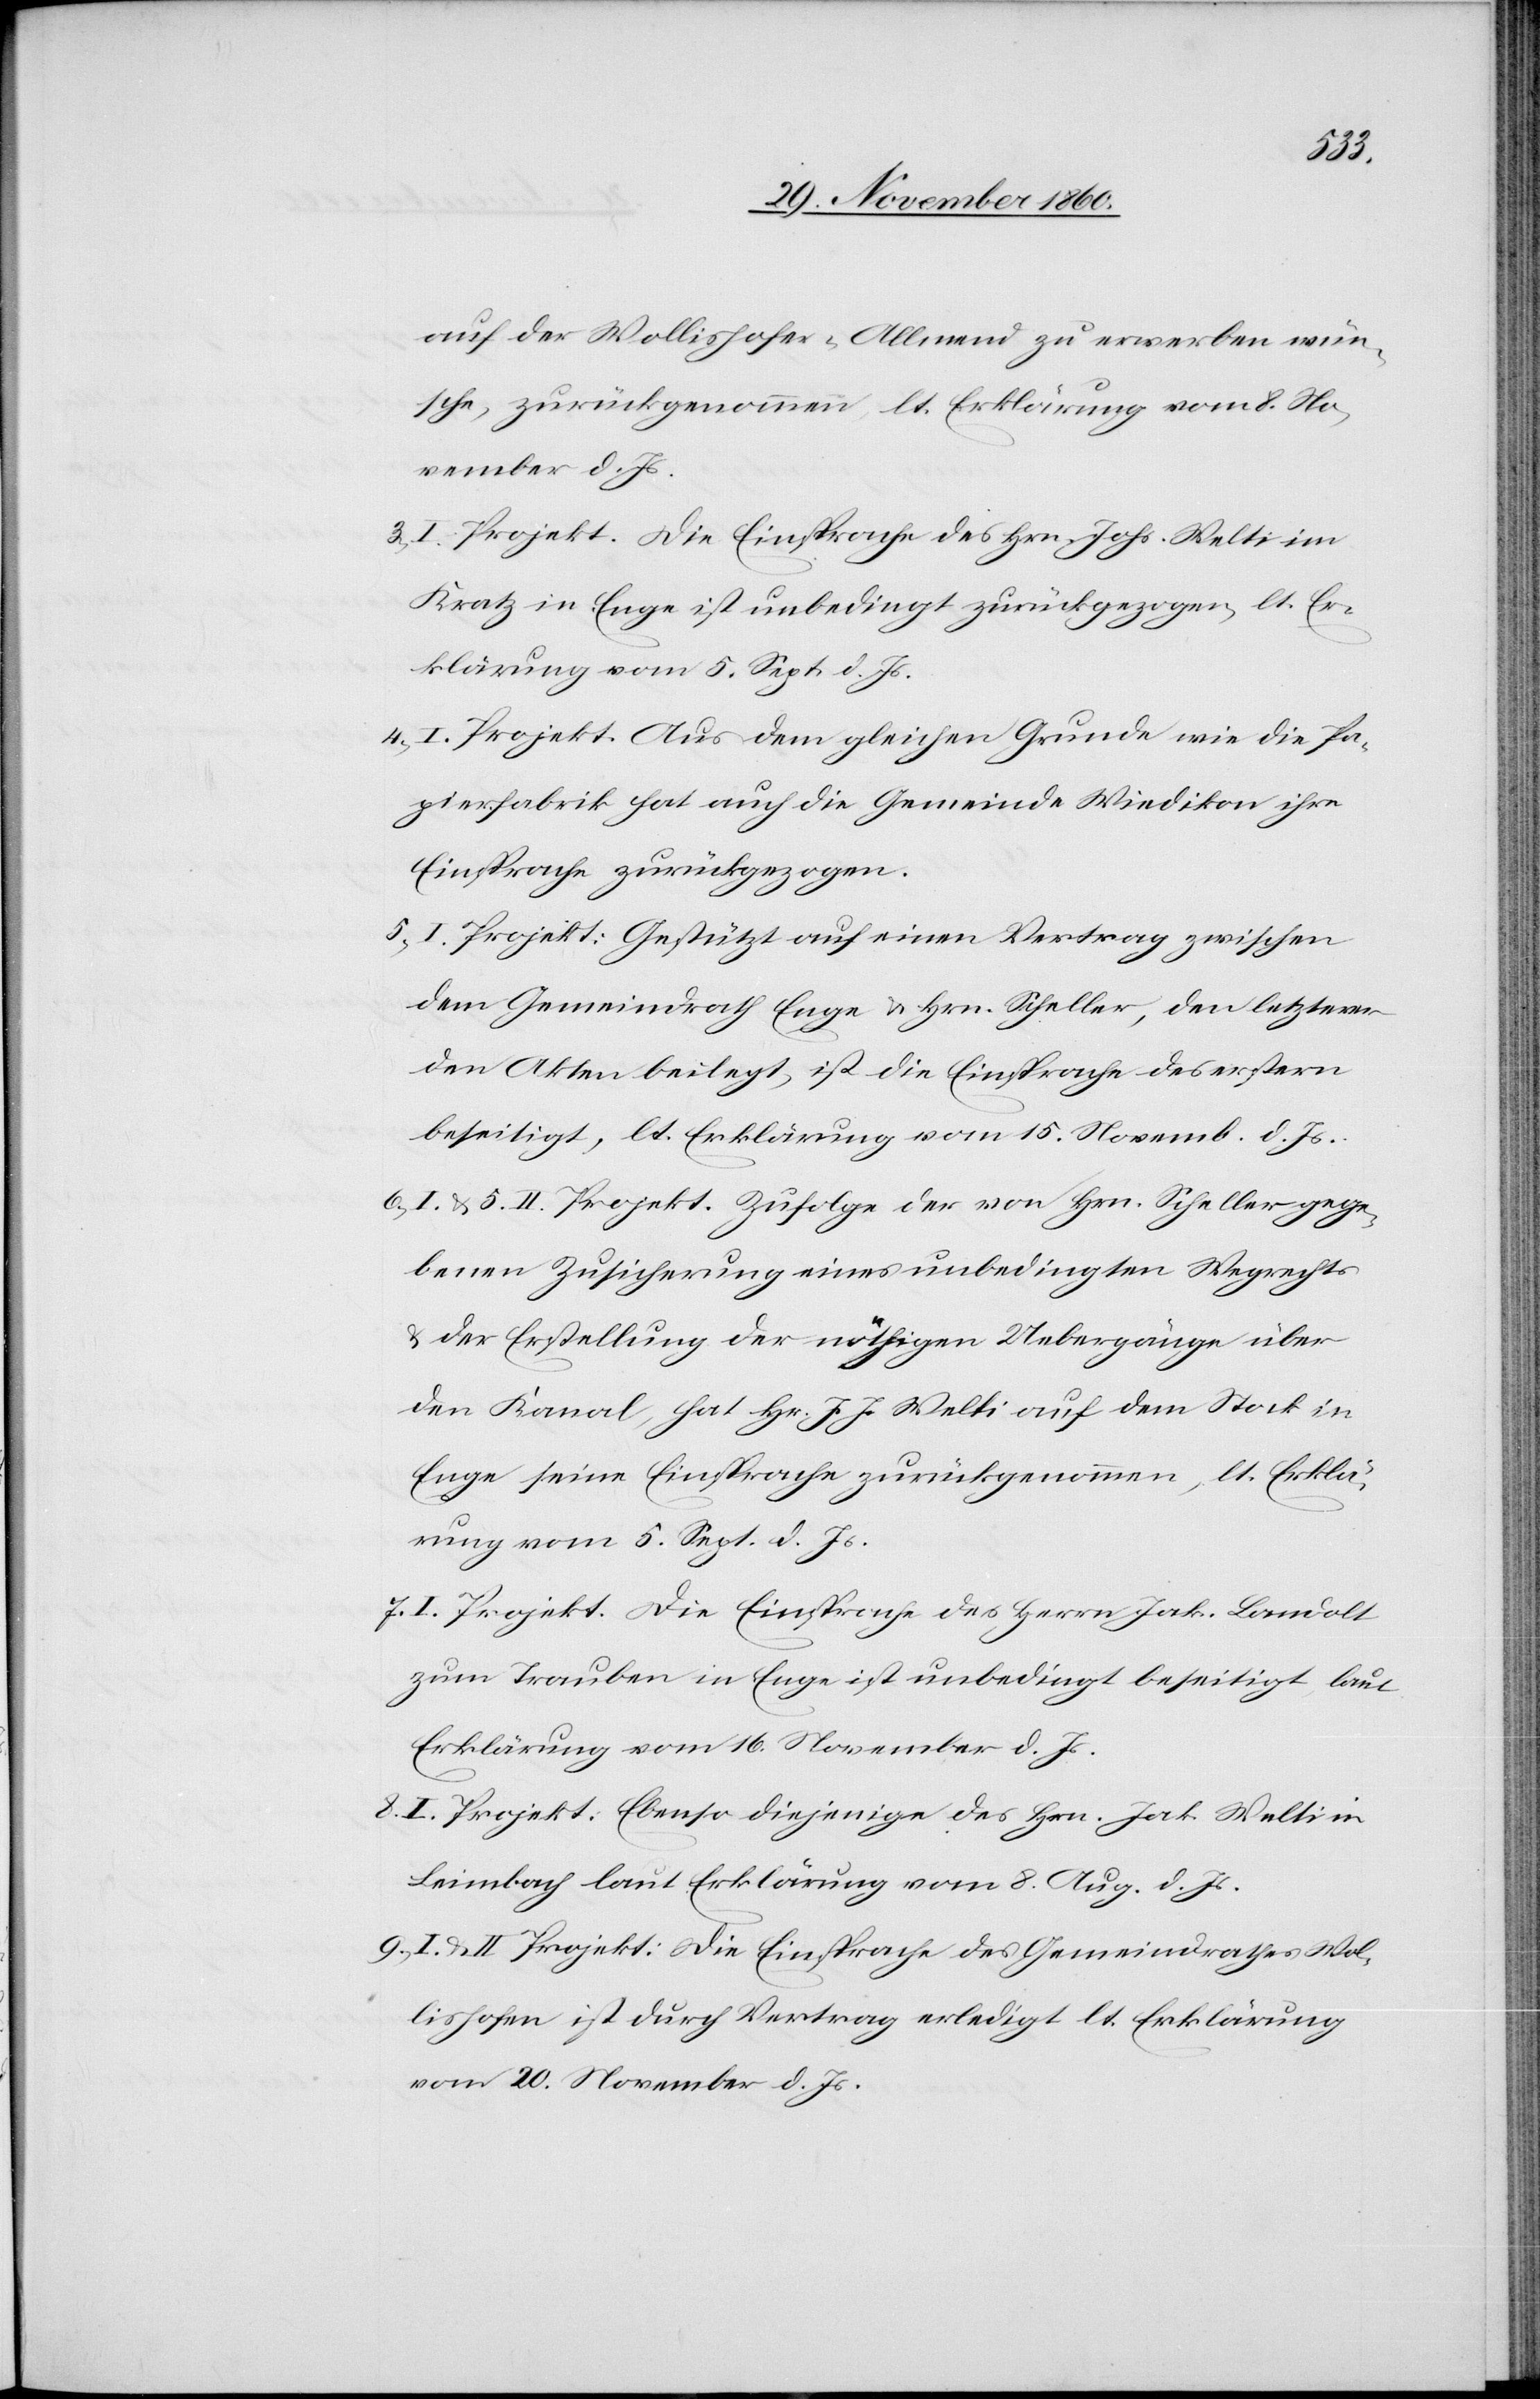
auf der Wollishofer-Allmend zu erwerben wün¬
sche, zurückgenommen, lt. Erklärung vom 8. No¬
vember d. Js.
3) I. Projekt. Die Einsprache des Hrn. Johs. Welti im
Kratz in Enge ist unbedingt zurückgezogen, lt. Er¬
klärung vom 5. Sept. d. Js.
4) I. Projekt. Aus dem gleichen Grunde wie die Pa¬
pierfabrik hat auch die Gemeinde Wiedikon ihre
Einsprache zurückgezogen.
5) I. Projekt: Gestützt auf einen Vertrag zwischen
dem Gemeindrath Enge u. Hrn. Scheller, den letzterer
den Akten beilegt, ist die Einsprache des erstern
beseitigt, lt. Erklärung vom 15. Novemb. d. Js.
6) I. u. 5. II. Projekt. Zufolge der von Hrn. Scheller gege¬
benen Zusicherung eines unbedingten Wegrechts
u. der Erstellung der nöthigen Uebergänge über
den Kanal, hat Hr. J. J. Welti auf den Stock in
Enge seine Einsprache zurückgenommen, lt. Erklä¬
rung vom 5. Sept. d. Js.
7) I Projekt. Die Einsprache des Herrn Jak. Landolt
zum Trauben in Enge ist unbedingt beseitigt, laut
Erklärung vom 16. November d. Js.
8) I. Projekt. Ebenso diejenige des Hrn. Jak. Welti in
Leimbach laut Erklärung vom 8. Aug. d. Js.
9) I. u. II. Projekt: Die Einsprache des Gemeindrathes Wol¬
lishofen ist durch Vertrag erledigt lt. Erklärung
vom 20. November d. Js.